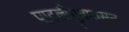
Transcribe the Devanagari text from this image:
पाटलीपुत्रपासून